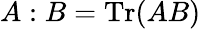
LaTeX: {A:B}=\operatorname{Tr}(AB)